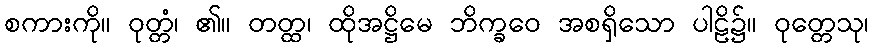
စကားကို။ ဝုတ္တံ၊ ၏။ တတ္ထ၊ ထိုအဋ္ဌိမေ ဘိက္ခဝေ အစရှိသော ပါဠိ၌။ ဝုတ္တေသု၊